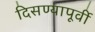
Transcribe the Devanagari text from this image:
दिसण्यापूर्वी